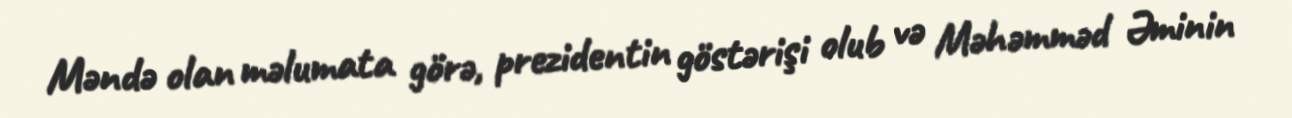
Məndə olan məlumata görə, prezidentin göstərişi olub və Məhəmməd Əminin